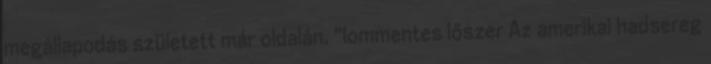
megállapodás született már oldalán. "lommentes lőszer Az amerikai hadsereg